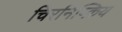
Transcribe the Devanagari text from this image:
चिरनिष्क्रिय